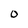
Character: 0